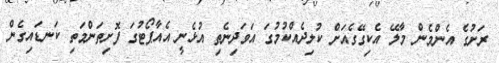
ރަށުގެ އެންމެން މާލޭ އެކިގޭގެއަށް ކުލިދެއްކުމުގަ އަވަދިނެތި އުޅެނީ އެއާޕޯޓުގަ ފޮށިތަންމަތި ކަނޑައިގެން